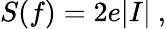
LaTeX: S(f)=2e\vert I\vert\ ,